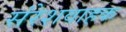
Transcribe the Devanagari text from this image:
संरेशवाहक